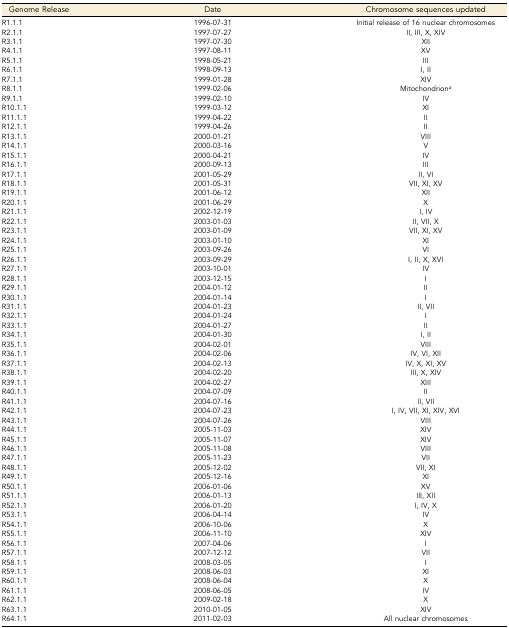
<table><thead><tr><td><b>Genome Release</b></td><td><b>Date</b></td><td><b>Chromosome sequences updated</b></td></tr></thead><tbody><tr><td>R1.1.1</td><td>1996-07-31</td><td>Initial release of 16 nuclear chromosomes</td></tr><tr><td>R2.1.1</td><td>1997-07-27</td><td>II, III, X, XIV</td></tr><tr><td>R3.1.1</td><td>1997-07-30</td><td>XII</td></tr><tr><td>R4.1.1</td><td>1997-08-11</td><td>XV</td></tr><tr><td>R5.1.1</td><td>1998-05-21</td><td>III</td></tr><tr><td>R6.1.1</td><td>1998-09-13</td><td>I, II</td></tr><tr><td>R7.1.1</td><td>1999-01-28</td><td>XIV</td></tr><tr><td>R8.1.1</td><td>1999-02-06</td><td>Mitochondrion<i><sup>a</sup></i></td></tr><tr><td>R9.1.1</td><td>1999-02-10</td><td>IV</td></tr><tr><td>R10.1.1</td><td>1999-03-12</td><td>XI</td></tr><tr><td>R11.1.1</td><td>1999-04-22</td><td>II</td></tr><tr><td>R12.1.1</td><td>1999-04-26</td><td>II</td></tr><tr><td>R13.1.1</td><td>2000-01-21</td><td>VIII</td></tr><tr><td>R14.1.1</td><td>2000-03-16</td><td>V</td></tr><tr><td>R15.1.1</td><td>2000-04-21</td><td>IV</td></tr><tr><td>R16.1.1</td><td>2000-09-13</td><td>III</td></tr><tr><td>R17.1.1</td><td>2001-05-29</td><td>II, VI</td></tr><tr><td>R18.1.1</td><td>2001-05-31</td><td>VII, XI, XV</td></tr><tr><td>R19.1.1</td><td>2001-06-12</td><td>XII</td></tr><tr><td>R20.1.1</td><td>2001-06-29</td><td>X</td></tr><tr><td>R21.1.1</td><td>2002-12-19</td><td>I, IV</td></tr><tr><td>R22.1.1</td><td>2003-01-03</td><td>II, VII, X</td></tr><tr><td>R23.1.1</td><td>2003-01-09</td><td>VII, XI, XV</td></tr><tr><td>R24.1.1</td><td>2003-01-10</td><td>XI</td></tr><tr><td>R25.1.1</td><td>2003-09-26</td><td>VI</td></tr><tr><td>R26.1.1</td><td>2003-09-29</td><td>I, II, X, XVI</td></tr><tr><td>R27.1.1</td><td>2003-10-01</td><td>IV</td></tr><tr><td>R28.1.1</td><td>2003-12-15</td><td>I</td></tr><tr><td>R29.1.1</td><td>2004-01-12</td><td>II</td></tr><tr><td>R30.1.1</td><td>2004-01-14</td><td>I</td></tr><tr><td>R31.1.1</td><td>2004-01-23</td><td>II, VII</td></tr><tr><td>R32.1.1</td><td>2004-01-24</td><td>I</td></tr><tr><td>R33.1.1</td><td>2004-01-27</td><td>II</td></tr><tr><td>R34.1.1</td><td>2004-01-30</td><td>I, II</td></tr><tr><td>R35.1.1</td><td>2004-02-01</td><td>VIII</td></tr><tr><td>R36.1.1</td><td>2004-02-06</td><td>IV, VI, XII</td></tr><tr><td>R37.1.1</td><td>2004-02-13</td><td>IV, X, XI, XV</td></tr><tr><td>R38.1.1</td><td>2004-02-20</td><td>III, X, XIV</td></tr><tr><td>R39.1.1</td><td>2004-02-27</td><td>XIII</td></tr><tr><td>R40.1.1</td><td>2004-07-09</td><td>II</td></tr><tr><td>R41.1.1</td><td>2004-07-16</td><td>II, VII</td></tr><tr><td>R42.1.1</td><td>2004-07-23</td><td>I, IV, VII, XI, XIV, XVI</td></tr><tr><td>R43.1.1</td><td>2004-07-26</td><td>VIII</td></tr><tr><td>R44.1.1</td><td>2005-11-03</td><td>XIV</td></tr><tr><td>R45.1.1</td><td>2005-11-07</td><td>XIV</td></tr><tr><td>R46.1.1</td><td>2005-11-08</td><td>VIII</td></tr><tr><td>R47.1.1</td><td>2005-11-23</td><td>VII</td></tr><tr><td>R48.1.1</td><td>2005-12-02</td><td>VII, XI</td></tr><tr><td>R49.1.1</td><td>2005-12-16</td><td>XI</td></tr><tr><td>R50.1.1</td><td>2006-01-06</td><td>XV</td></tr><tr><td>R51.1.1</td><td>2006-01-13</td><td>III, XII</td></tr><tr><td>R52.1.1</td><td>2006-01-20</td><td>I, IV, X</td></tr><tr><td>R53.1.1</td><td>2006-04-14</td><td>IV</td></tr><tr><td>R54.1.1</td><td>2006-10-06</td><td>X</td></tr><tr><td>R55.1.1</td><td>2006-11-10</td><td>XIV</td></tr><tr><td>R56.1.1</td><td>2007-04-06</td><td>I</td></tr><tr><td>R57.1.1</td><td>2007-12-12</td><td>VII</td></tr><tr><td>R58.1.1</td><td>2008-03-05</td><td>I</td></tr><tr><td>R59.1.1</td><td>2008-06-03</td><td>XI</td></tr><tr><td>R60.1.1</td><td>2008-06-04</td><td>X</td></tr><tr><td>R61.1.1</td><td>2008-06-05</td><td>IV</td></tr><tr><td>R62.1.1</td><td>2009-02-18</td><td>X</td></tr><tr><td>R63.1.1</td><td>2010-01-05</td><td>XIV</td></tr><tr><td>R64.1.1</td><td>2011-02-03</td><td>All nuclear chromosomes</td></tr></tbody></table>